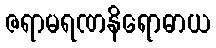
ဇရာမရဏနိရောဓာယ